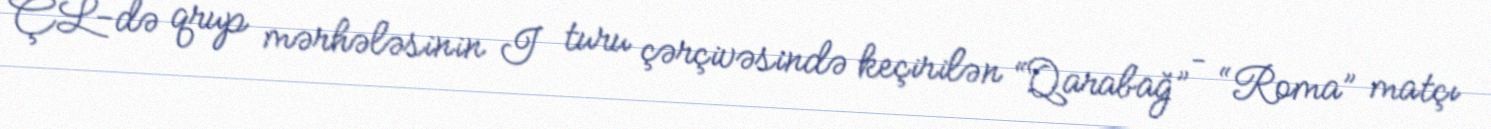
ÇL-də qrup mərhələsinin I turu çərçivəsində keçirilən “Qarabağ” – “Roma” matçı